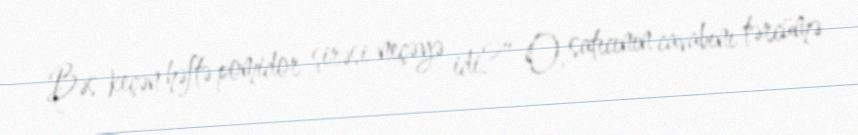
Bəs keçən həftə pomidor şirəsi neçəyə idi?” O, satıcının cavabını tərcümə